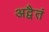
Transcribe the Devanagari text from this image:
अद्वैतं